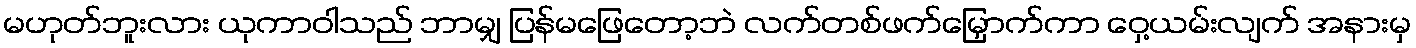
မဟုတ်ဘူးလား ယုကာဝါသည် ဘာမျှ ပြန်မဖြေတော့ဘဲ လက်တစ်ဖက်မြှောက်ကာ ဝှေ့ယမ်းလျက် အနားမှ